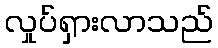
လှုပ်ရှားလာသည်